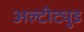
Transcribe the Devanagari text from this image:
अल्टीट्युड